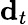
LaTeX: {\mathbf d}_{t}